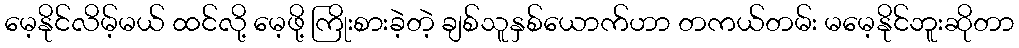
မေ့နိုင်လိမ့်မယ် ထင်လို့ မေ့ဖို့ ကြိုးစားခဲ့တဲ့ ချစ်သူနှစ်ယောက်ဟာ တကယ်တမ်း မမေ့နိုင်ဘူးဆိုတာ